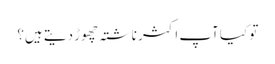
تو کیا آپ اکثر ناشتہ چھوڑ دیتے ہیں؟